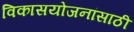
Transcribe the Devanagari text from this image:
विकासयोजनांसाठी